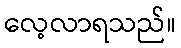
လေ့လာရသည်။